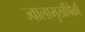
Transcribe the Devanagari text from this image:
ज्वालामुखींपैकी